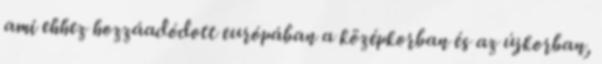
ami ehhez hozzáadódott európában a középkorban és az újkorban,